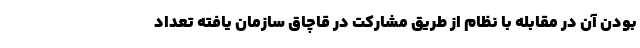
بودن آن در مقابله با نظام از طریق مشارکت در قاچاق سازمان یافته تعداد